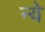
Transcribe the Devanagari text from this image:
न्‍ये